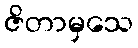
ဇိတာမှသေ